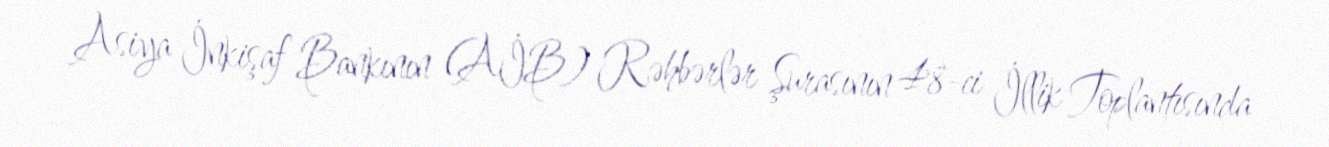
Asiya İnkişaf Bankının (AİB) Rəhbərlər Şurasının 48-ci İllik Toplantısında